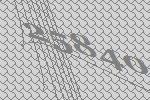
25840